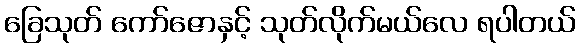
ခြေသုတ် ကော်ဇောနှင့် သုတ်လိုက်မယ်လေ ရပါတယ်